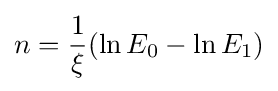
n={\frac {1}{\xi }}(\ln E_{0}-\ln E_{1})